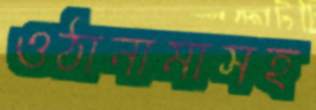
ওঠানামাসহ